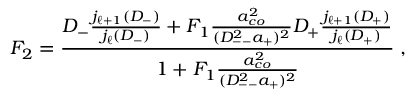
F _ { 2 } = \frac { D _ { - } \frac { j _ { \ell + 1 } ( D _ { - } ) } { j _ { \ell } ( D _ { - } ) } + F _ { 1 } \frac { a _ { c o } ^ { 2 } } { ( D _ { -- } ^ { 2 } a _ { + } ) ^ { 2 } } D _ { + } \frac { j _ { \ell + 1 } ( D _ { + } ) } { j _ { \ell } ( D _ { + } ) } } { 1 + F _ { 1 } \frac { a _ { c o } ^ { 2 } } { ( D _ { -- } ^ { 2 } a _ { + } ) ^ { 2 } } } \; ,